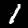
Digit: 1